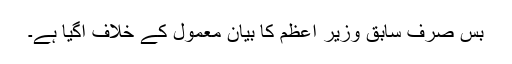
بس صرف سابق وزیر اعظم کا بیان معمول کے خلاف آگیا ہے۔